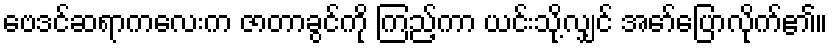
ဗေဒင်ဆရာကလေးက ဇာတာခွင်ကို ကြည့်ကာ ယင်းသို့လျှင် အော်ပြောလိုက်၏။